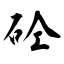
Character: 砼